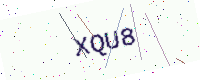
Text: XQU8